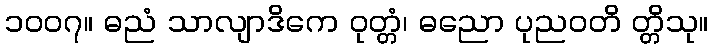
၁၀၀၇။ ဓညံ သာလျာဒိကေ ဝုတ္တံ၊ ဓညော ပုညဝတိ တ္တိသု။